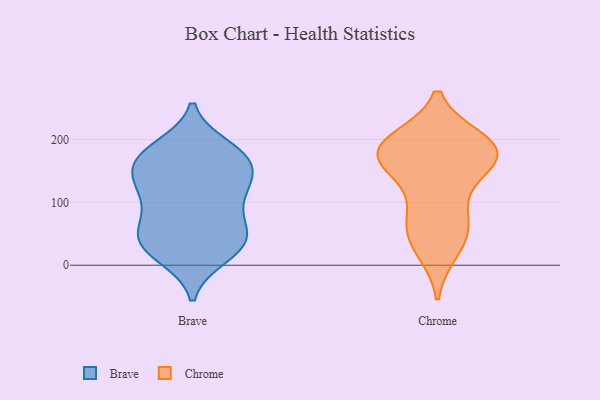
{"axis": {"x": "Production Output", "y": "Value"}, "legend": ["Brave", "Chrome"], "data": [{"x": "", "y": 176, "type": "Brave"}, {"x": "", "y": 137, "type": "Brave"}, {"x": "", "y": 38, "type": "Brave"}, {"x": "", "y": 14, "type": "Brave"}, {"x": "", "y": 187, "type": "Brave"}, {"x": "", "y": 140, "type": "Brave"}, {"x": "", "y": 64, "type": "Brave"}, {"x": "", "y": 116, "type": "Brave"}, {"x": "", "y": 182, "type": "Brave"}, {"x": "", "y": 17, "type": "Brave"}, {"x": "", "y": 118, "type": "Brave"}, {"x": "", "y": 58, "type": "Brave"}, {"x": "", "y": 169, "type": "Brave"}, {"x": "", "y": 88, "type": "Brave"}, {"x": "", "y": 49, "type": "Brave"}, {"x": "", "y": 165, "type": "Brave"}, {"x": "", "y": 38, "type": "Brave"}, {"x": "", "y": 116, "type": "Brave"}, {"x": "", "y": 32, "type": "Brave"}, {"x": "", "y": 160, "type": "Brave"}, {"x": "", "y": 75, "type": "Chrome"}, {"x": "", "y": 199, "type": "Chrome"}, {"x": "", "y": 23, "type": "Chrome"}, {"x": "", "y": 172, "type": "Chrome"}, {"x": "", "y": 65, "type": "Chrome"}, {"x": "", "y": 179, "type": "Chrome"}, {"x": "", "y": 193, "type": "Chrome"}, {"x": "", "y": 169, "type": "Chrome"}, {"x": "", "y": 171, "type": "Chrome"}, {"x": "", "y": 199, "type": "Chrome"}, {"x": "", "y": 156, "type": "Chrome"}, {"x": "", "y": 30, "type": "Chrome"}, {"x": "", "y": 159, "type": "Chrome"}, {"x": "", "y": 60, "type": "Chrome"}, {"x": "", "y": 193, "type": "Chrome"}, {"x": "", "y": 108, "type": "Chrome"}]}